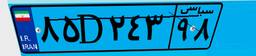
۸۵D۲۴۳۹۸